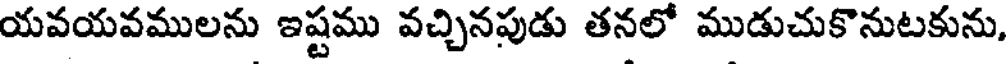
యవయవములను ఇష్టము వచ్చినపుడు తనలో ముడుచుకొనుటకును,